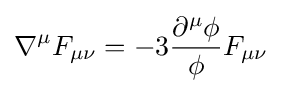
\nabla ^{\mu }F_{\mu \nu }=-3{\frac {\partial ^{\mu }\phi }{\phi }}F_{\mu \nu }